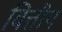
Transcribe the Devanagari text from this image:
बित्तीय